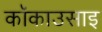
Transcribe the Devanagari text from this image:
कॉकाउसाइ